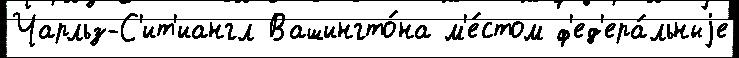
Чарльз-С'ит'иангл Вашингто́на м'е́стом ф'ед'ера́льныjе